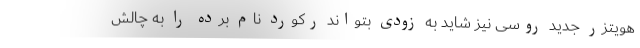
هویتزر جدید روسی نیز شاید به زودی بتواند رکورد نام برده را به چالش